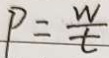
P = \frac { w } { t }